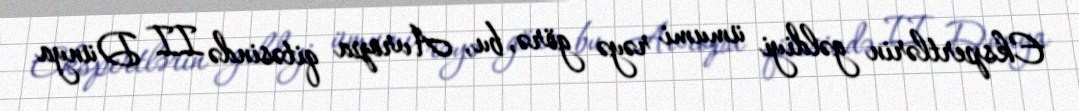
Ekspertlərin gəldiyi ümumi rəyə görə, bu, Avropa qitəsində II Dünya